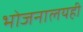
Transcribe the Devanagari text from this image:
भोजनालयही